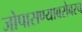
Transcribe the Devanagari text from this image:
जोपासण्याबरोबरच